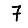
Digit: 7